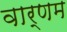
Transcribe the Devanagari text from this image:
वार्णम